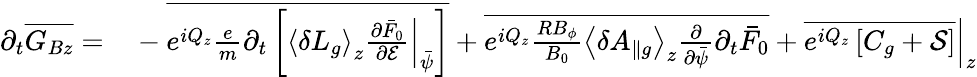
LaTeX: \begin{array}{rl}{\partial_{t}\overline{{G_{Bz}}}=}&{{}-\overline{{e^{iQ_{z}}\frac{e}{m}\partial_{t}\left[\left.\left\langle\delta L_{g}\right\rangle_{z}\frac{\partial\bar{F}_{0}}{\partial\mathcal{E}}\right|_{\bar{\psi}}\right]}}+\overline{{e^{iQ_{z}}\frac{RB_{\phi}}{B_{0}}\left\langle\delta A_{\| g}\right\rangle_{z}\frac{\partial}{\partial\bar{\psi}}\partial_{t}\bar{F}_{0}}}+\left.\overline{{e^{iQ_{z}}\left[C_{g}+\mathcal{S}\right]}}\right|_{z}}\end{array}